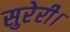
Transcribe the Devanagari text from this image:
सुरेरी।